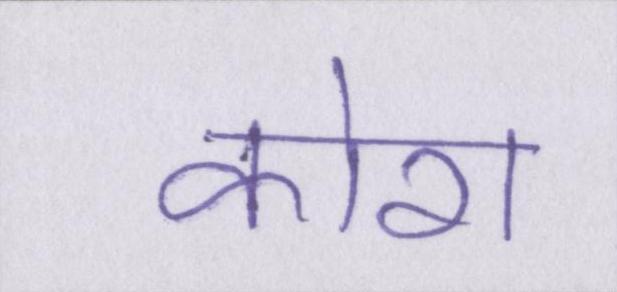
कोरा